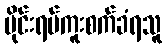
ဗိုင်းရပ်ကူးစက်ခံရသူ